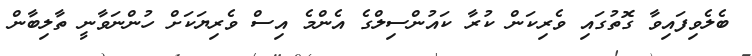
ބެލެވިފައިވާ ގޮތުގައި ވެރިކަން ކުރާ ކައުންސިލްގެ އެންމެ އިސް ވެރިޔަކަށް ހުންނަވާނީ ތާލިބާން